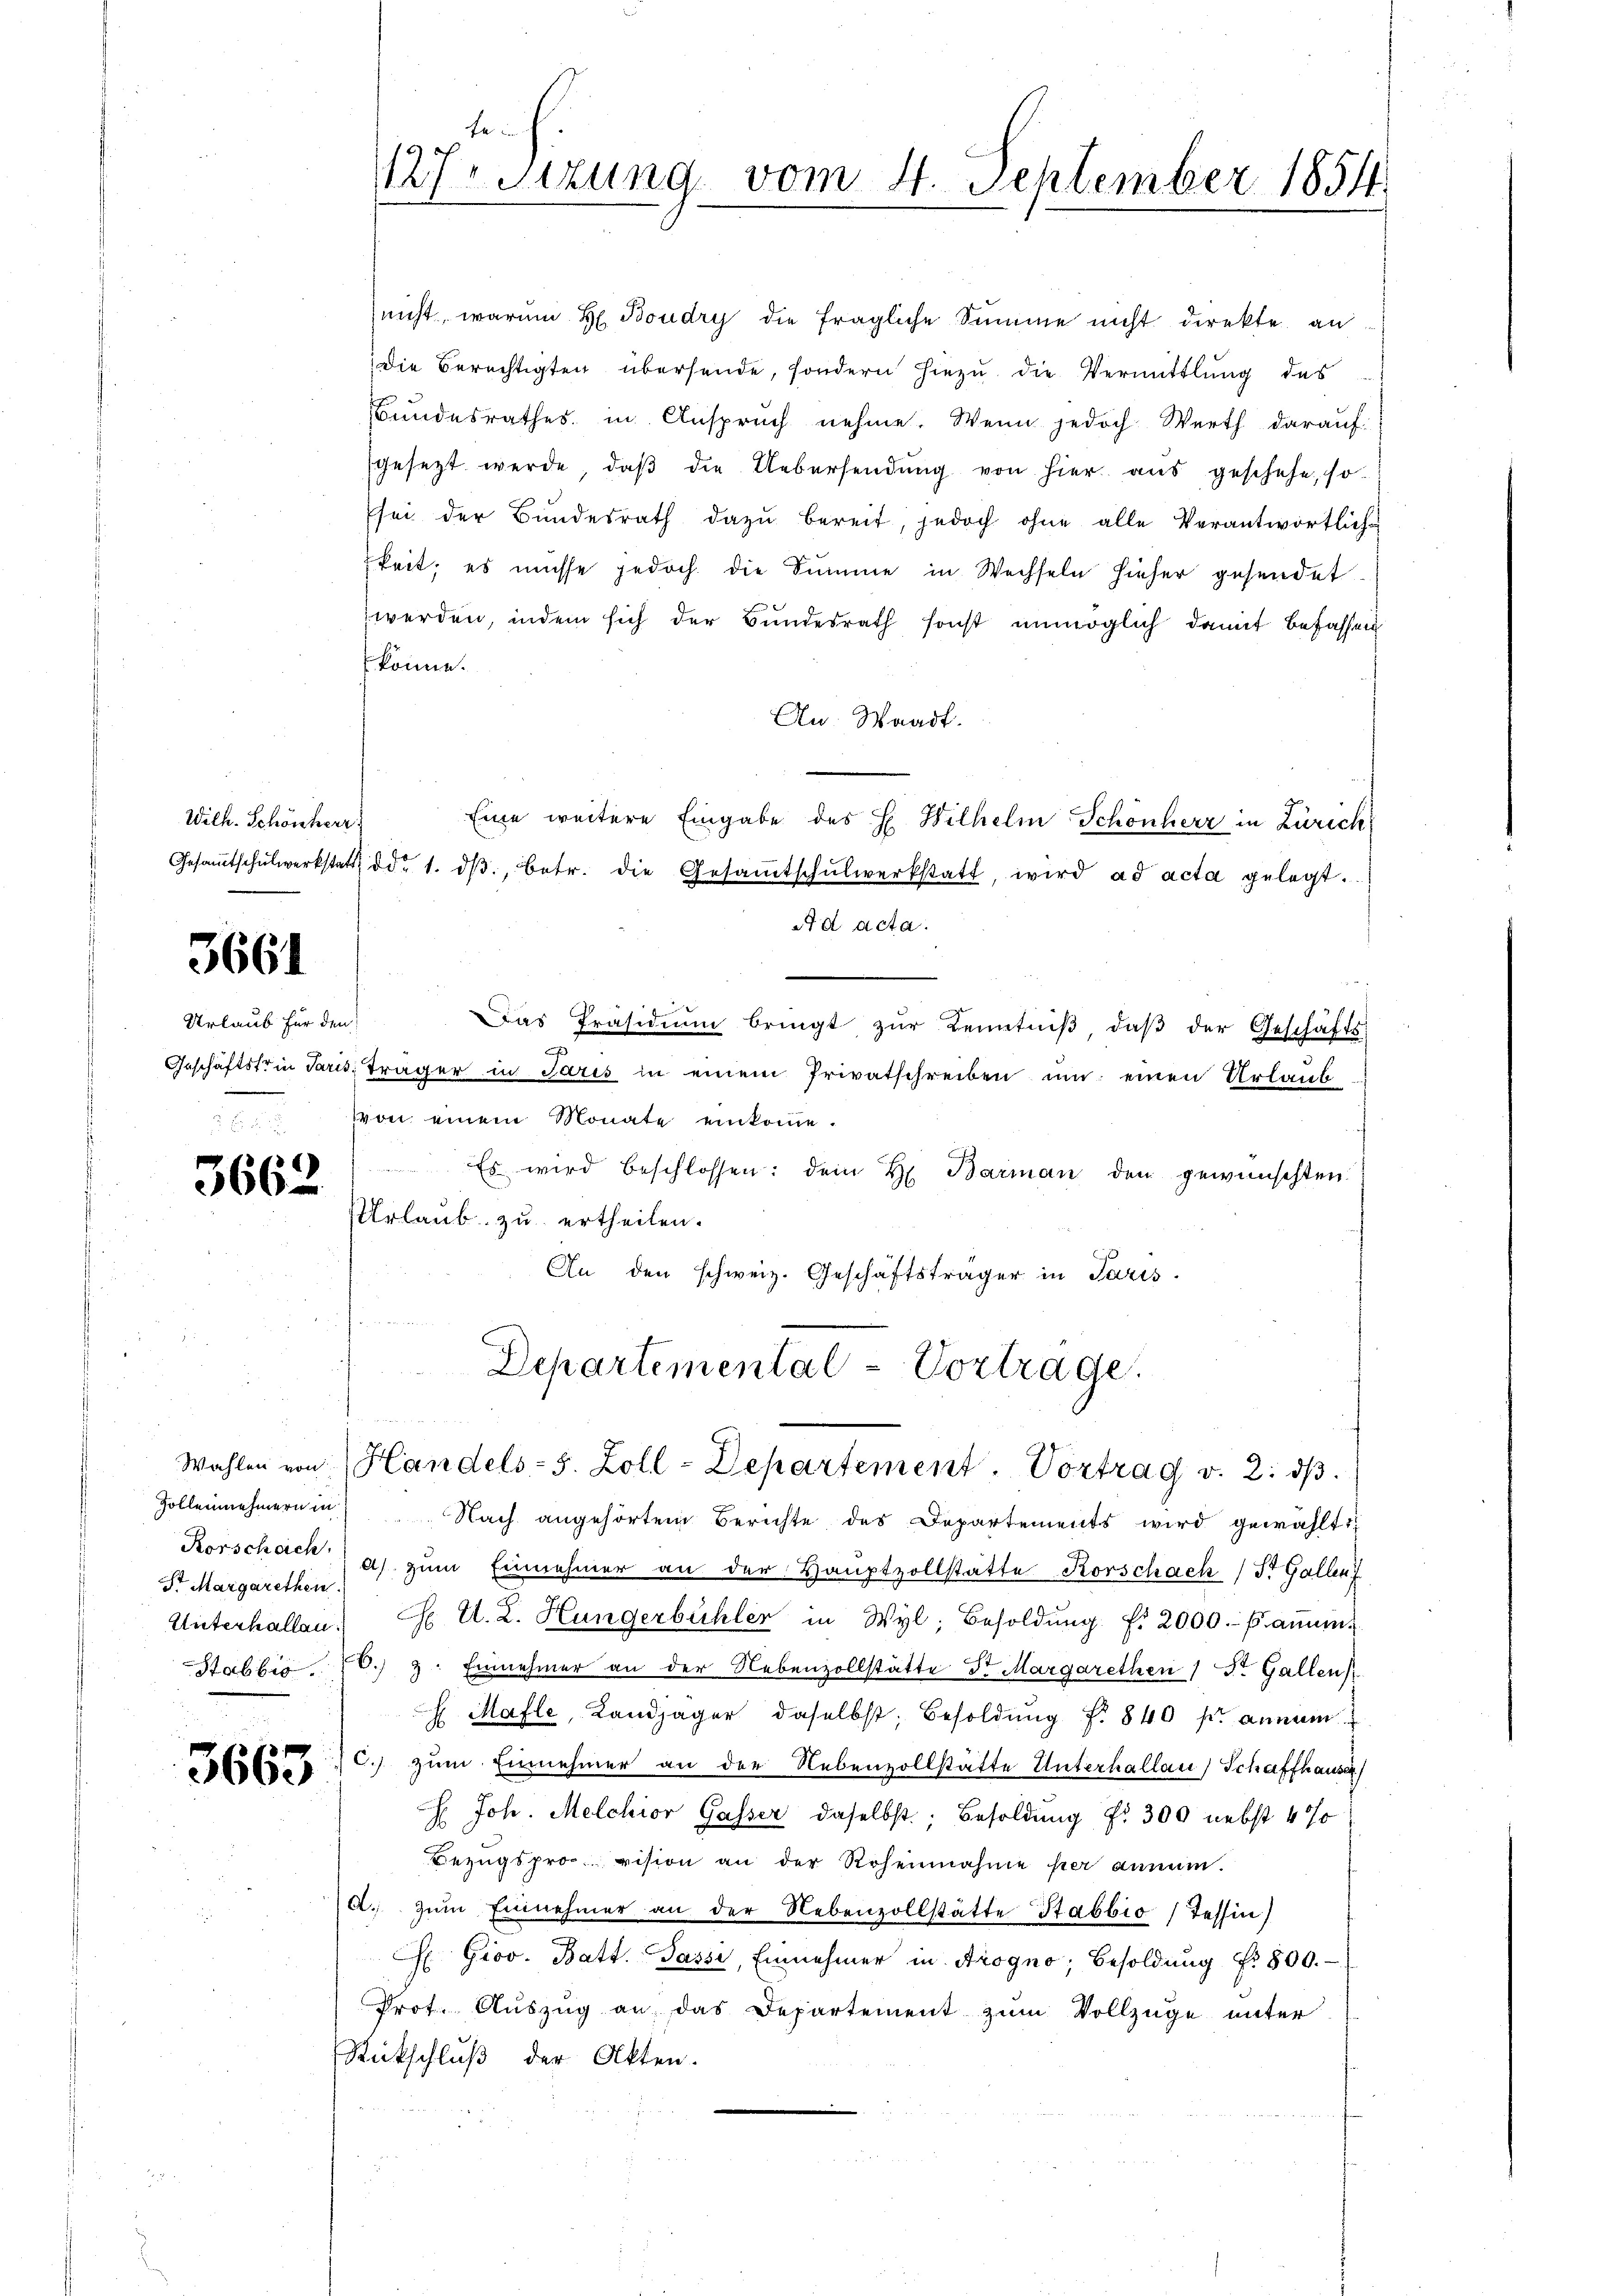
Wilh. Schönherr

3661

Urlaub für den

3662

3663

St Margarethen
.
Stablis.

nicht, warum H. Boudry die fragliche Summe nicht direkte an
Die Berechtigten übersende, sondern hiezu die Vermittlung des
Bundesrathes in Anspruch nehme. Wenn jedoch Werth darauf
gesetzt werde, daβ die Uebersendŭng von hier aŭs geschehe, so
sei der Bŭndesrath dazŭ bereit, jedoch ohne alle Verantwortlich-
gkeit; es müsse jedoch die Summe in Wechseln hieher gesendet
werden, indem sich der Bundesrath sonst unmöglich damit befassen
könne.
An. Waadt.
Eine weitere Eingabe des H. Wilhelm Schönherr in Zürich
Gesamtschŭlwerkstatt ddo 1. dβ, betr. die Gesamtschŭlwerkstatt, wird ad acta gelegt.
Ad acta.
Das Präsidiŭm bringt zŭr Kenntniβ daβ der Geschäfts-
2
Geschäftstein Paris Träger in Paris in einem Privatschreiben um einen Urlaub
 von einem Monate einkomme.
Es wird beschlossen: dem H. Barman den gewünschten
Urlaub zu ertheilen.
An den schweiz. Geschäftsträger in Paris.

fe
17. Sitzung vom 4. September 1854.

Departemental - Vortrage.
Wahlen von Handels-S. Zoll-Departement. Vortrag v. 2. dβ.

Zollennehmern in Nach angehörtem Berichte des Departements wird gewählt:
Korschach) a) zŭm Einnehmer an der Hauptvollstatte Korschach St. Gallen
Unterhallen. C. A. L. Hungerbühler in Wyl, Besoldŭng f. 2000.- Faṁen¬
3. Einnehmer an der Nebenzollstätte Dr. Margarethen 1 St. Gallen
 Mafle, Landjäger daselbst, Besoldung f. 840 pr. annam
C.) zum Einnehmer an der Nebenvollstätte Unterhallau, Schaffhause
H. Joh. Melchior Gasser daselbst; Besoldung f. 300 nebst 4 %
Bezugsproc. vision an der Rohennahme hier annum.
A. zŭm Einnehmer an der Nebenzollstätte Stabbio (Tessin)
 Grov. Batt. Passi, Einnehmer in Arogno, Besoldŭng Nr. 800.
Prot. Auszug an das Departement zum Vollzüge unter
Rückschluß der Akten.